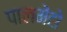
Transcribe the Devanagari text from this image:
पालमेंटो